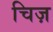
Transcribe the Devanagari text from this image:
चिज़